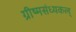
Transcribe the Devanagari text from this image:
ग्रीष्मसंध्यकल्